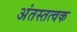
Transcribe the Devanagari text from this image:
अंतस्तत्वक